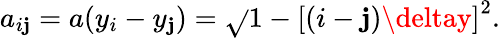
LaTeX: a_{i\mathbf{j}}=a(y_{i}-y_{\mathbf{j}})=\sqrt{}{{1-\left[(i-\mathbf{j})\deltay\right]^{2}}}.